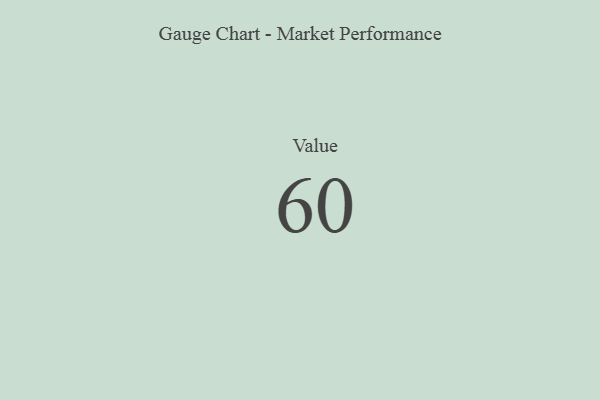
{"axis": {"x": "Metric", "y": "Value"}, "legend": [""], "data": [{"x": "Value", "y": 60, "type": ""}]}